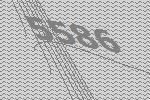
5586